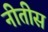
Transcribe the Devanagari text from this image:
नीतीस